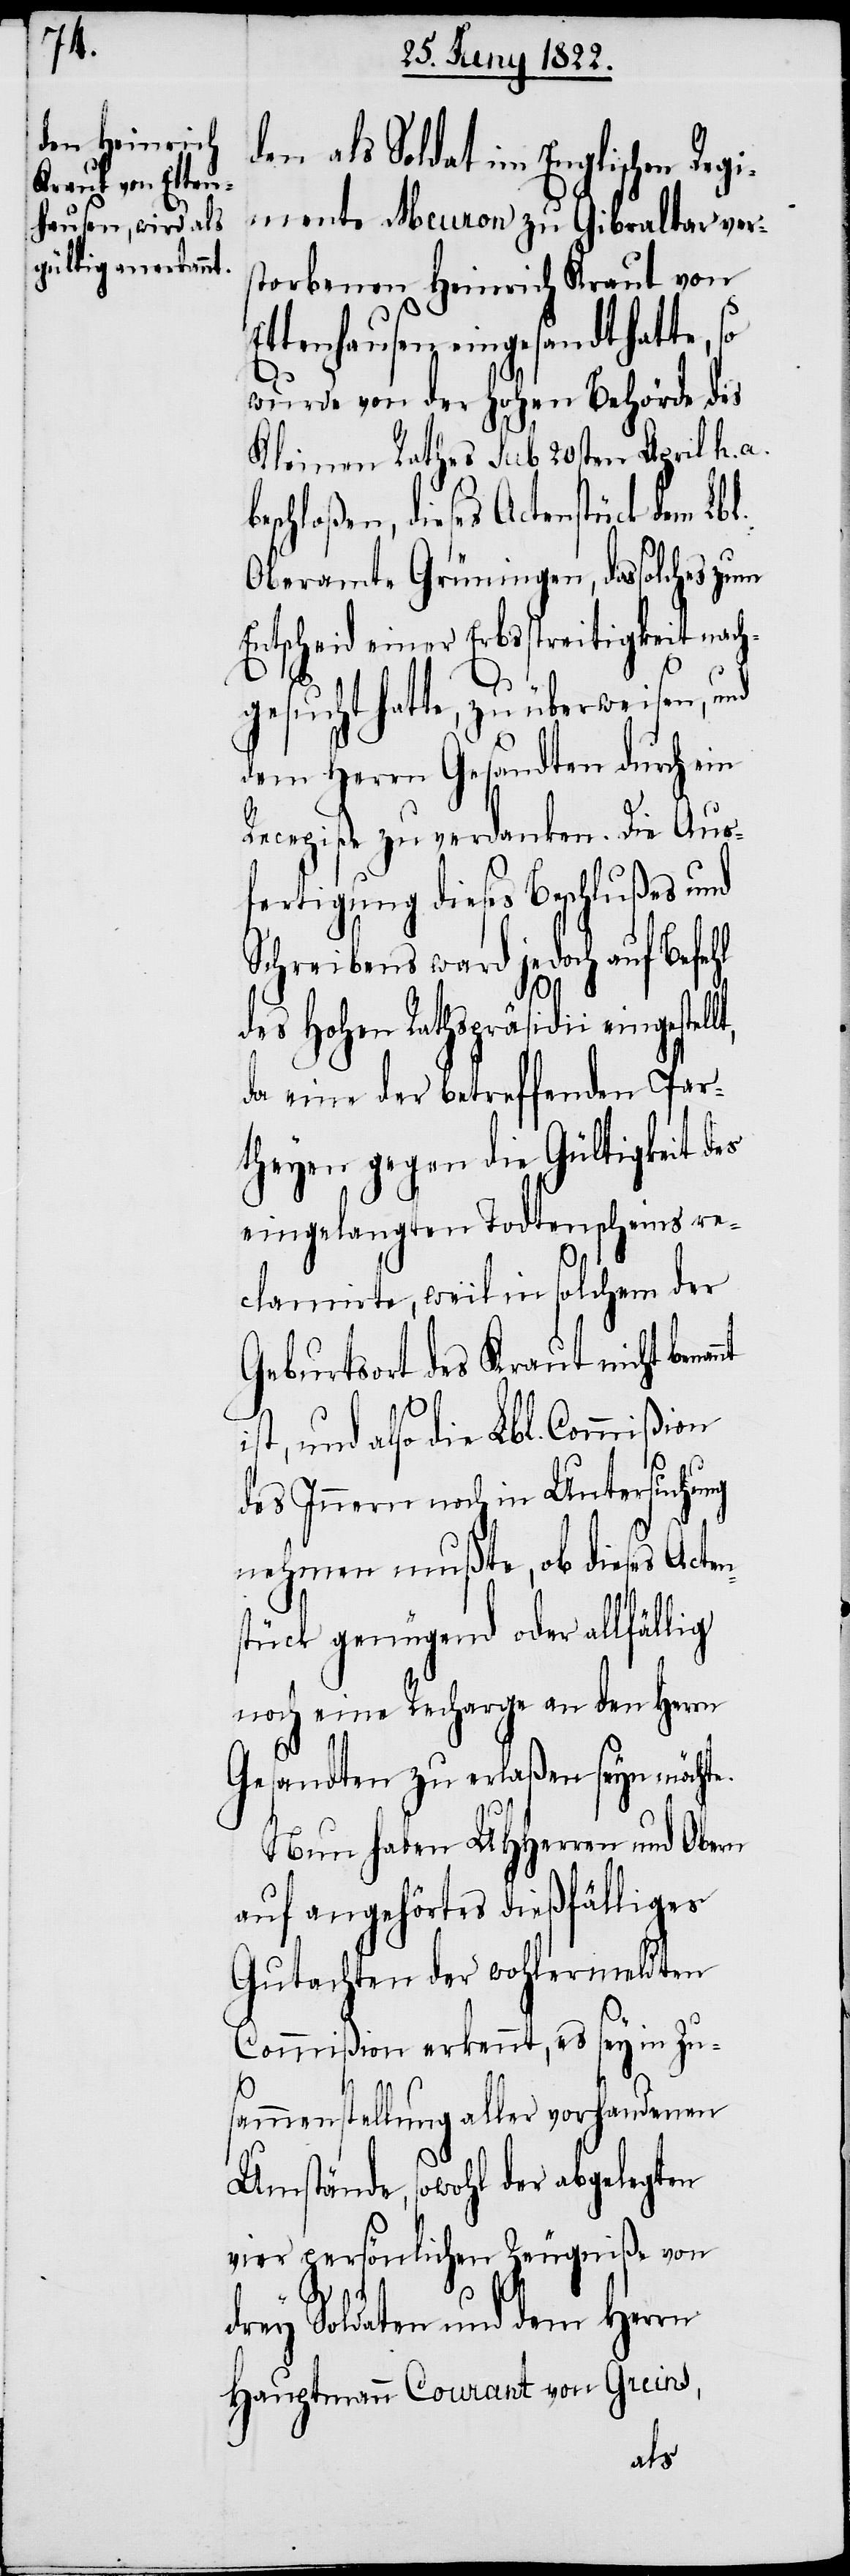
den als Soldat im Englischen Reg¬
imente Meuron zu Gibraltar vers¬
torbenen Heinrich Kraut von
ttenhausen eingesandt hatte,
wurde von der Hohen Behörde des
Kleinen Rathes Sub 20sten April h. a.
eschloßen, dieses Actenstück
Oberamte Grüningen, das solches zum
Entscheid einer Erbstreitigkeit nach¬
gesucht hatte, zu überweisen, und
dem Herrn Gesandten durch ein
Recepiße zu verdanken. Die Aus¬
fertigung dieses Beschlußes und
Schreibens ward jedoch auf Befehl
des Hohen Rathspräsidii eingestel¬
da eine der betreffenden Par¬
theyen gegen die Gültigkeit des
eingelangten Todtenscheins re¬
clamirte, weil in solchem der
Geburtsort des Kraut nicht bena¬
st, und also die Lbl. Commißion
ns¬
des Innern noch in Untersuchung
nehmen mußte, ob dieses Acte¬
tück genügend oder allfällig
noch eine Recharge an den Herrn
Gesandten zu erlaßen seyn möchte.
Neu haben UHHerren und Obern
auf angehörtes dießfälliges
Gutachten der wohlermeldten
Commißion erkennt, es sey in Zu¬
sammenstellung aller vorhandenen
Umstände, sowohl der abgelegten
vier persönlichen Zeugniße von
drey Soldaten und dem Herrn
Hauptmann Courant von Greins,